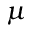
\mu